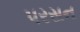
પરસન